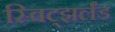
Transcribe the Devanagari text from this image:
स्विट्झर्लंड